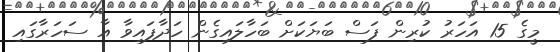
މީގެ 15 އަހަރު ކުރިން ފަސް ބަޔަކަށް ބަހާލައިގެން ހަދާފައިވާ އާ ސަހަރާގައި